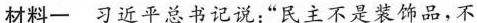
材料一习近平总书记说：”民主不是装饰品，不